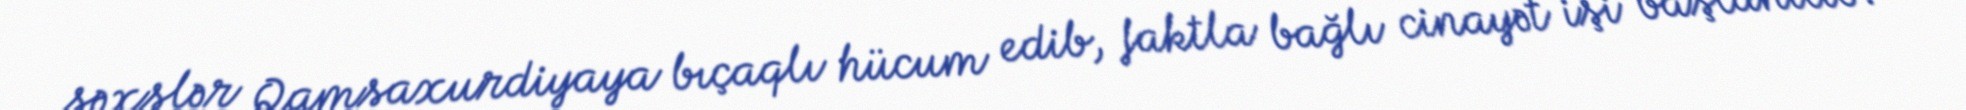
şəxslər Qamsaxurdiyaya bıçaqlı hücum edib, faktla bağlı cinayət işi başlanılıb.